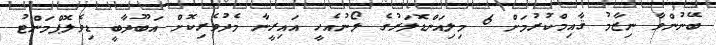
ބޭނުންވާ ނިޒާމު ޤާއިމްކުރުމަށް 6 މިލިއަންޑޮލަރުގެ ލޯނުއެހީ އައިރީނާ މެދުވެރިކޮށް އަބޫދާބީ ޑިވެލޮޕްމަންޓު